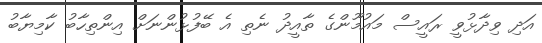
އަދި ވިދާޅުވީ ރައީސް މައުމޫންގެ ތާއީދު ނެތި އެ ބޭފުޅުންނަށް އިންތިހާބު ކާމިޔާބު